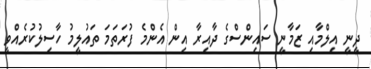
ދީނީ އިލްމާއި ޒަމާނީ ސައިންސްގެ ދާއިރާ އިން އެންމެ ފުރަތަމަ ތައުލީމު ހާސިލުކުރެއްވީ